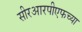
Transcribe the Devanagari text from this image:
सीरआरपीएफच्या